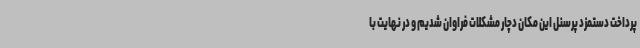
پرداخت دستمزد پرسنل این مکان دچار مشکلات فراوان شدیم و در نهایت با